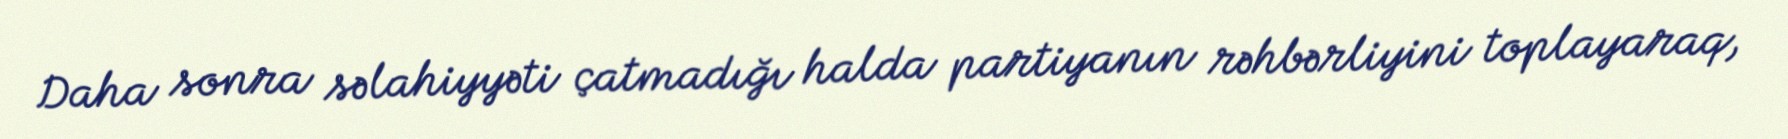
Daha sonra səlahiyyəti çatmadığı halda partiyanın rəhbərliyini toplayaraq,